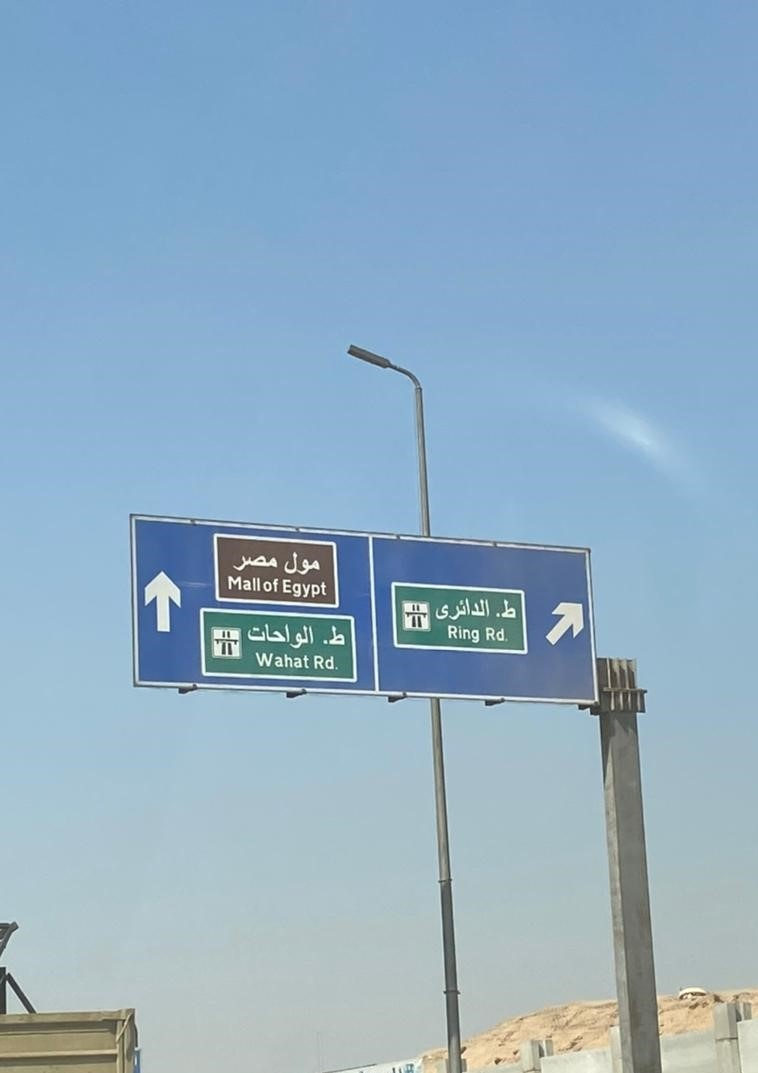
Text in image: مصر مول الدائري الواحات Mall of Egypt Ring Rd Wahat Rd